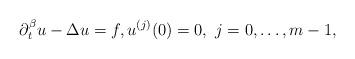
LaTeX: \begin{align*} \partial_t^{\beta} u -\Delta u = f, u^{(j)}(0) = 0,\ j = 0,\dots, m-1,\end{align*}